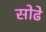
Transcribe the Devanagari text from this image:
सोढे